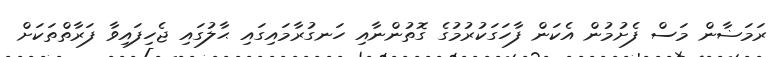
ރަމަޟާން މަސް ފެށުމުން އެކަން ފާހަގަކުރުމުގެ ގޮތުންނާއި ހަނގުރާމައިގައި ޙާލުގައި ޖެހިފައިވާ ފަރާތްތަކަށް